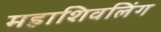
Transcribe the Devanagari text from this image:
महाशिवलिंग